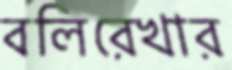
বলিরেখার